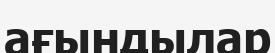
ағындылар